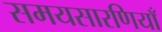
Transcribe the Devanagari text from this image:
समयसारणियाँ